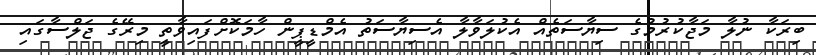
ބިރަކާ ނުލާ މަޖާކުރުމުގެ ސިޔާސަތެއް އެކުލަވާލާ އެސިޔާސަތު އެމްޑީޕީން ހާމަކޮށްފައިވާތީ މިރޭގެ ޖަލްސާގައި